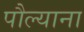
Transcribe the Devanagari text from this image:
पौल्याना